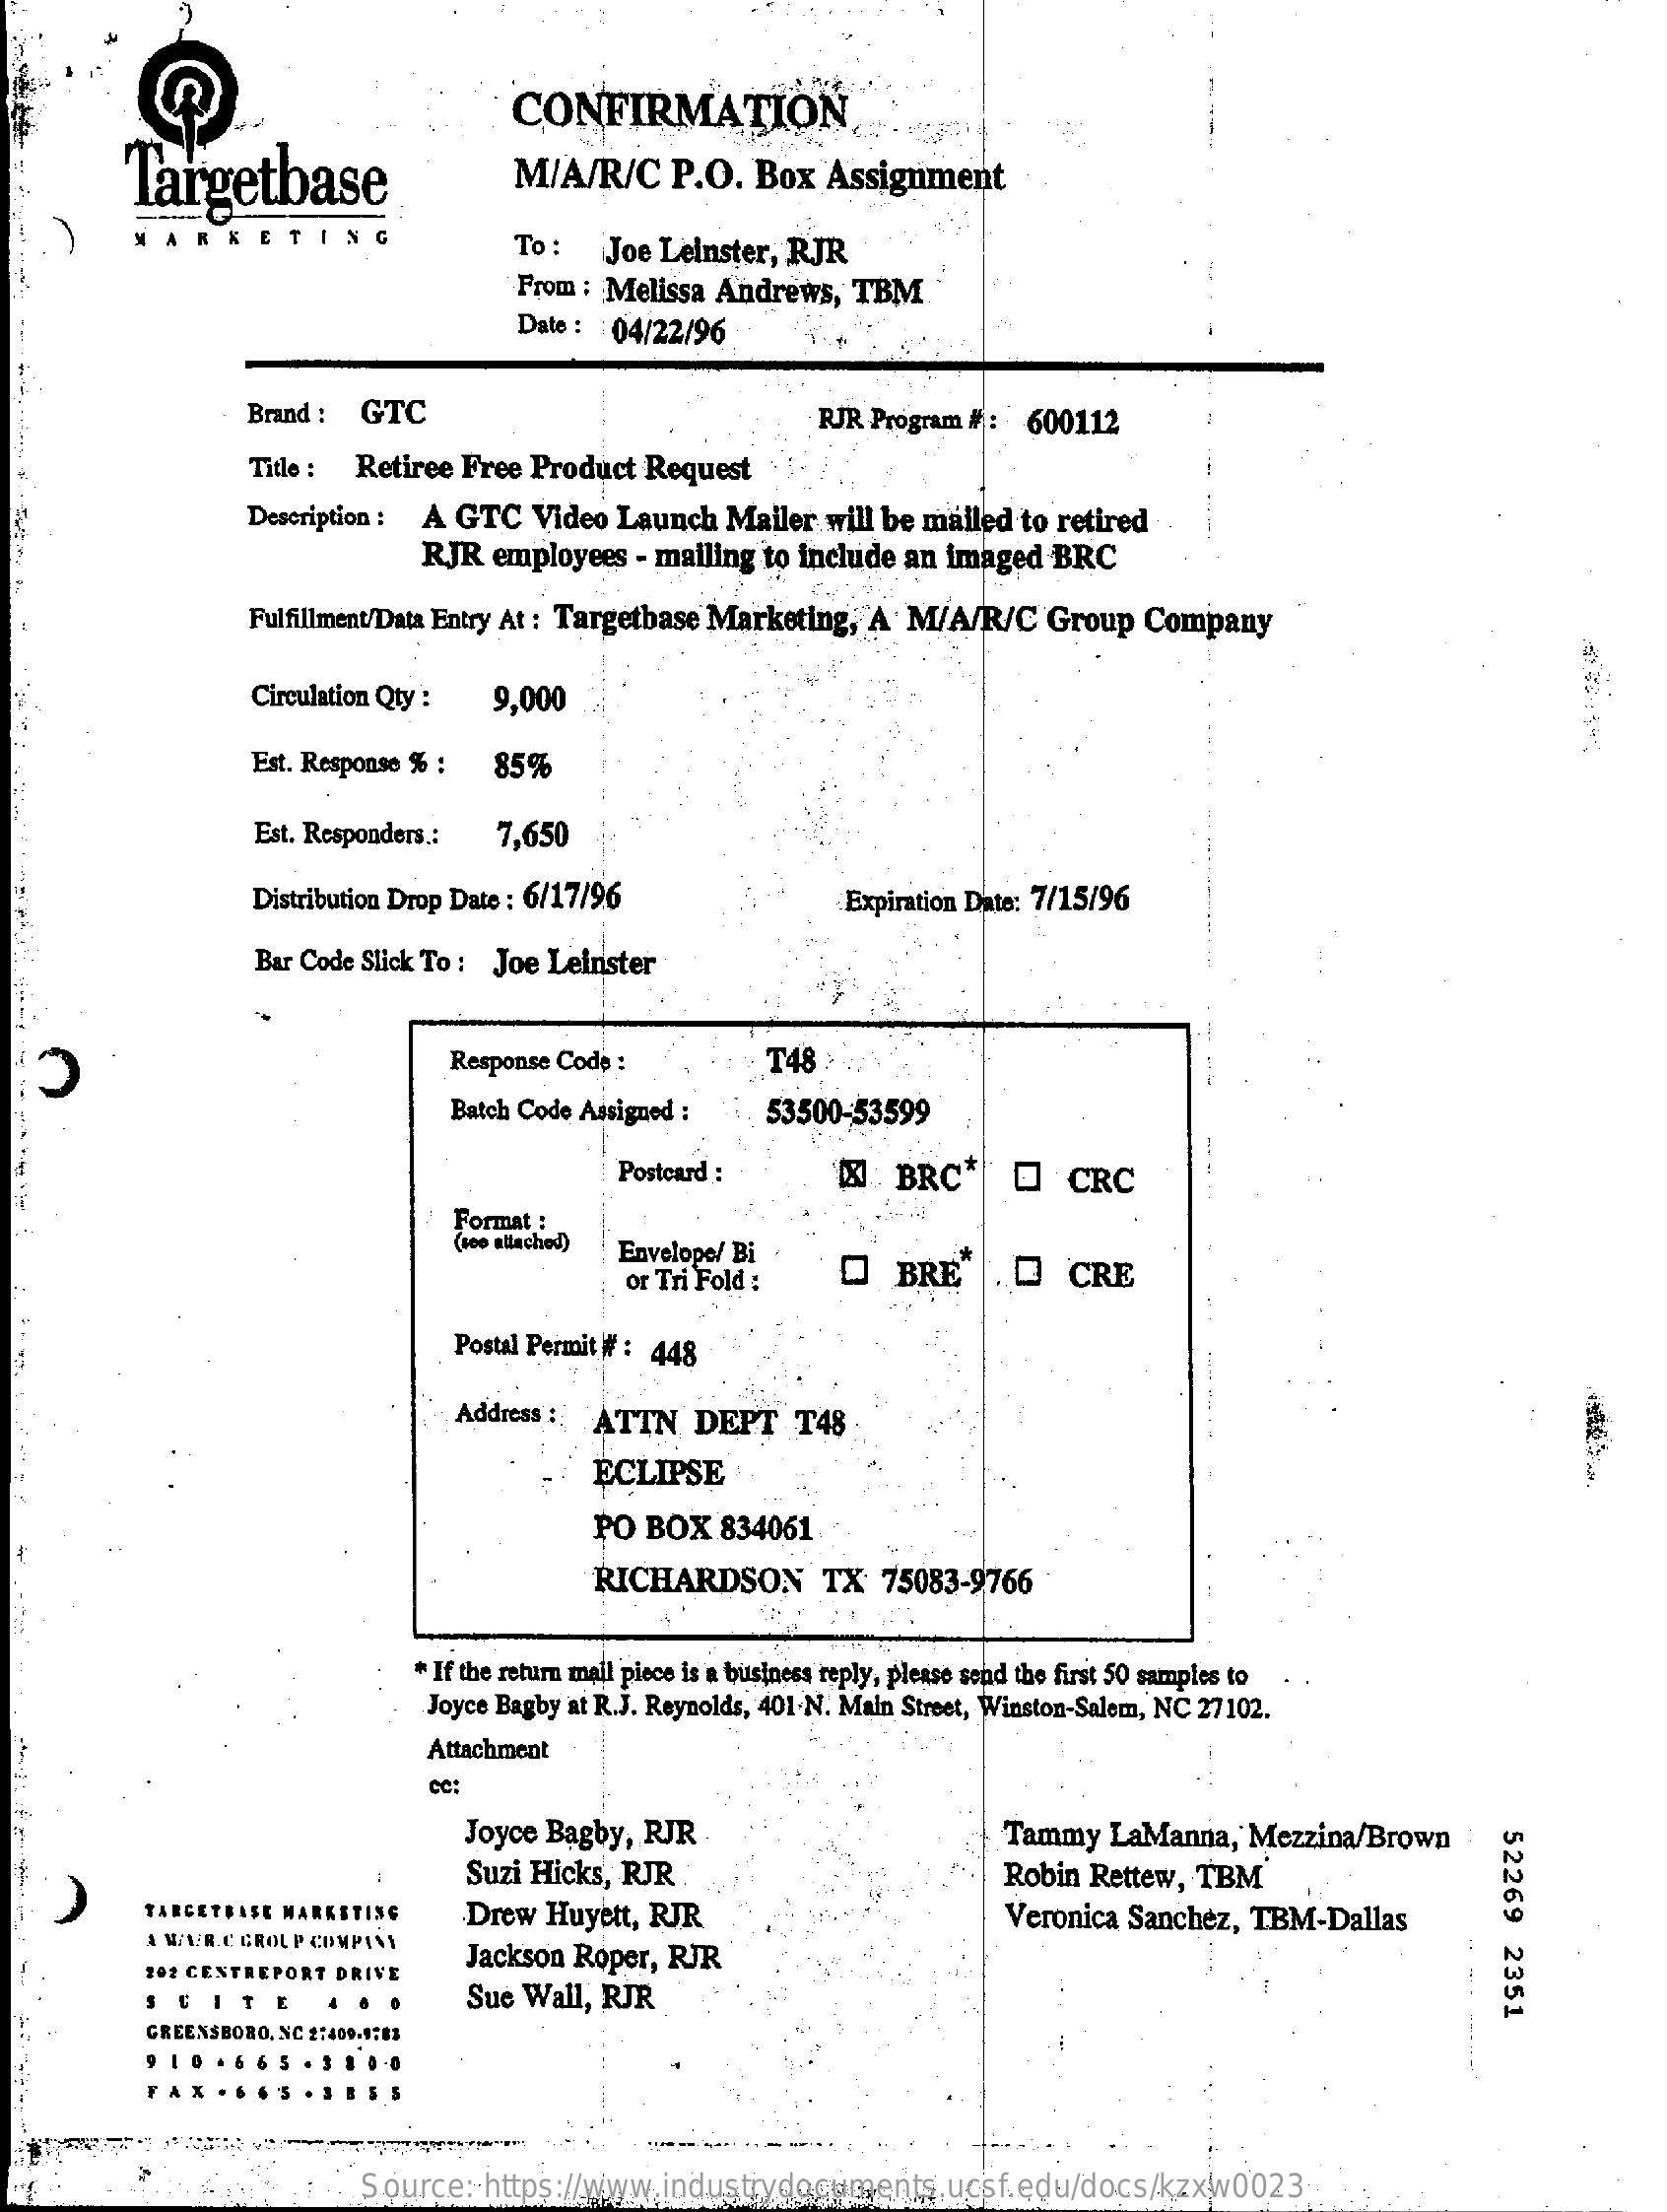
CONFIRMATION
     Targetbase    M/A/R/C    P.O.   Box   Assignment
     RKETING    To:    Joe Leinster,  RJR
     From  : Melissa Andrews,   TBM
     Date :  04/22/96
     Brand :  GTC    RJR Program #:   600112
     Title : Retiree  Free Product  Request
     Description : A GTC    Video Launch   Mailer  will be mailed to retired
     RJR  employees   - mailing to include an imaged   BRC
     Fulfillment/Data Entry At : Targetbase Marketing, A M/A/R/C    Group  Company
     Circulation Qty :  9,000
     Est. Response % :  85%
     Est. Responders .: 7,650
     Distribution Drop Date : 6/17/96    Expiration Date: 7/15/96
     Bar Code Slick To : Joe Leinster
  -----
  --
  -
     Response Code :    T48 C
     Batch Code Assigned :    53500-53599
     Postcard :    Q   BRC*    Q   CRC
     Format :
     (see attached) Envelope/ Bi
     or Tri Fold :    O   BRE    O   CRE
     Postal Permit # : 448
     Address : ATTN    DEPT    T48
     ECLIPSE
     PO BOX    834061
     RICHARDSON    TX  75083-9766
     * If the return mail piece is a business reply, please send the first 50 samples to
     Joyce Bagby at R.J. Reynolds, 401.N. Main Street, Winston-Salem, NC 27102.
     Attachment
     cc:
     Joyce Bagby,  RJR    Tammy   LaManna,    Mezzina/Brown
     52269
     2351
     Suzi Hicks, RJR    Robin  Rettew, TBM
     TARGETBASE MARKETING    Drew   Huyett, RJR    Veronica  Sanchez,  TBM-Dallas
     A W/ W.R.C GROUP COMPANY
     102 CENTREPORT DRIVE
     Jackson  Roper, RJR
     CITE    Sue  Wall, RJR
     GREENSBORO, NC 2:409-1783
     Source:   https://www.industrydocuments.ucsf.edu/docs/kzxw0023